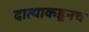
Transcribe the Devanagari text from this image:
दात्याकडूनच